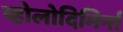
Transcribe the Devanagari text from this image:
व्होलोदिमिर्ना